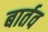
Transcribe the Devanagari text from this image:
बार्तव